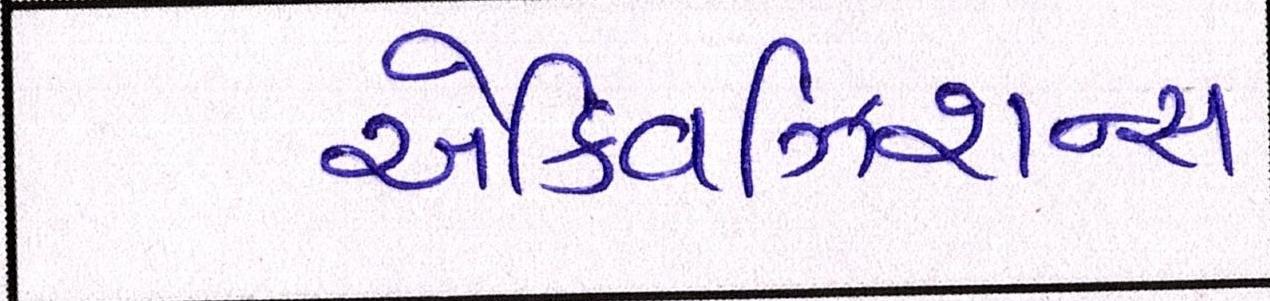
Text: એક્વિઝિશન્સ